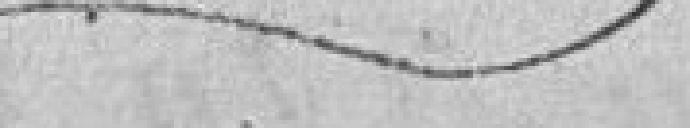
_